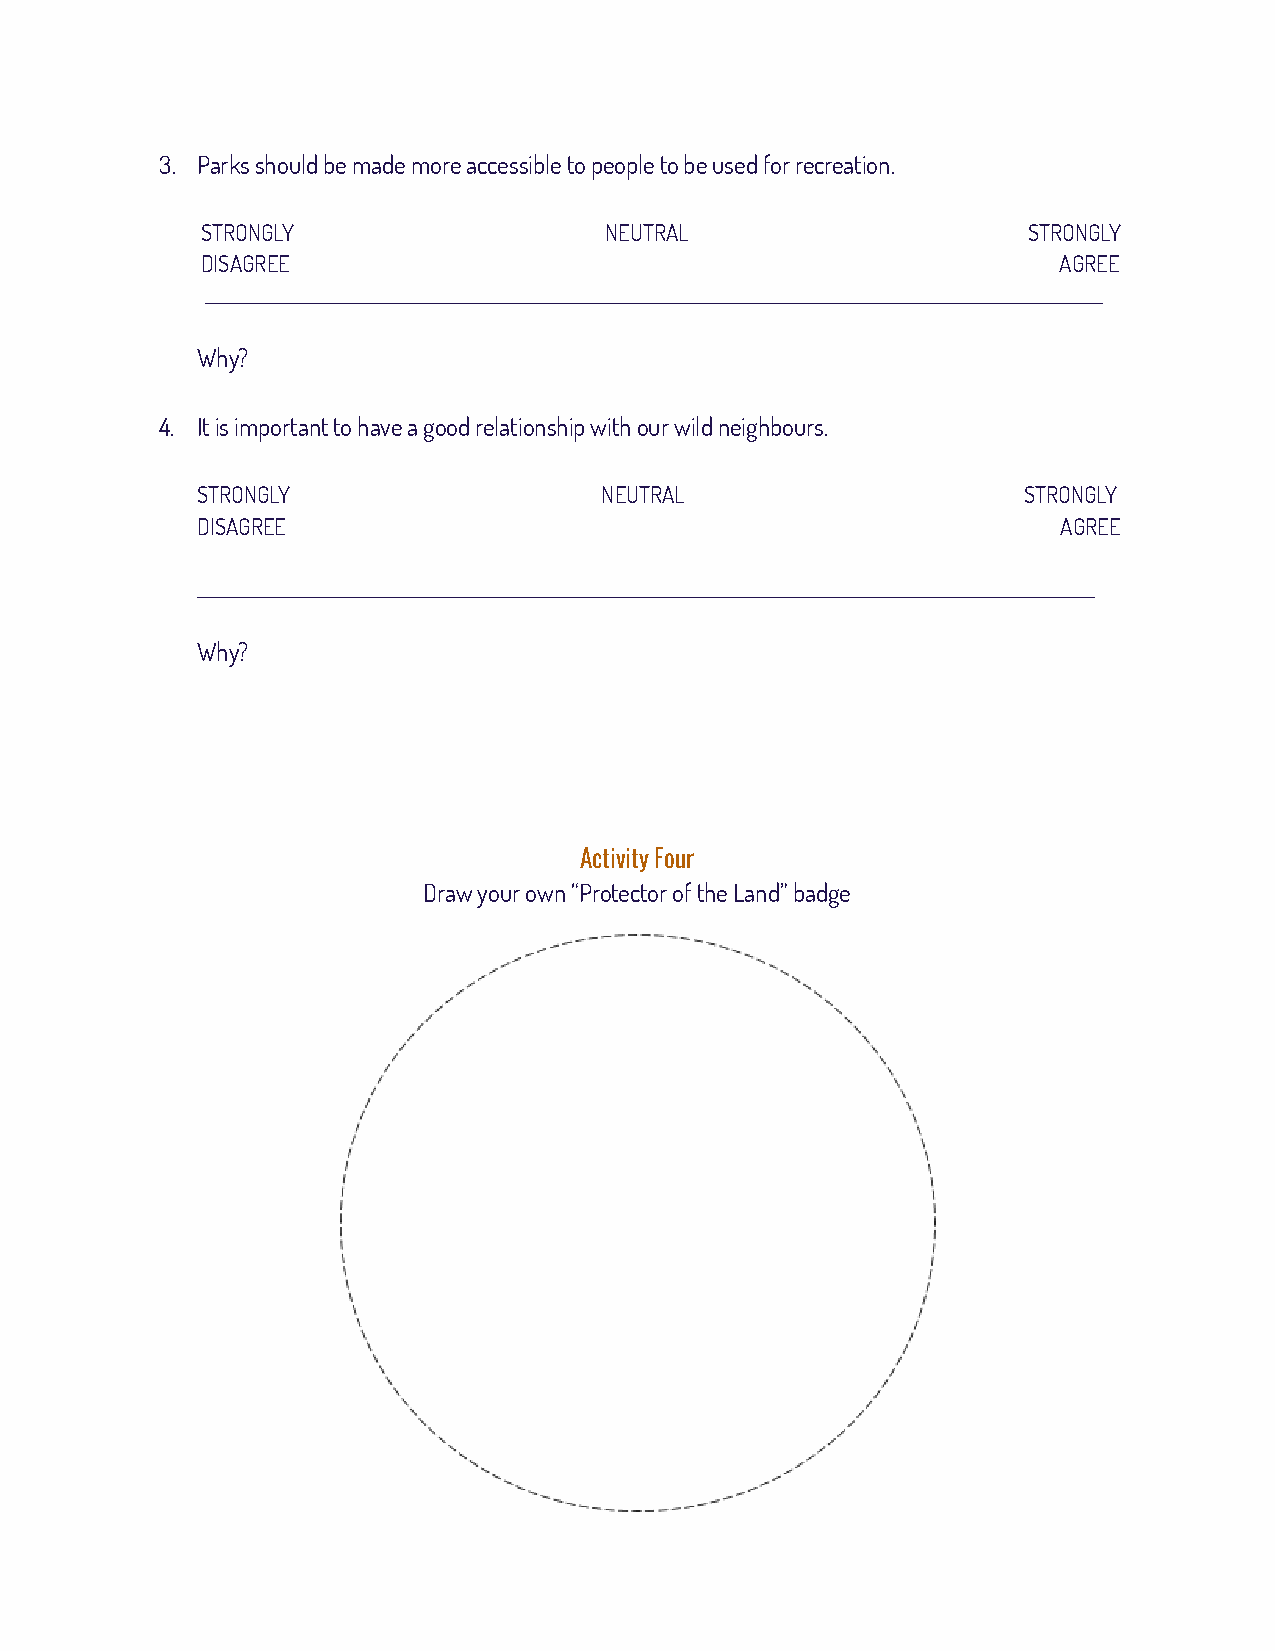
3. Parks should be made more accessible to people to be used for recreation.
 STRONGLY                   NEUTRAL                     STRONGLY
 DISAGREE                                                 AGREE
 _____________________________________________________________________________________________________________________
 Why?
 4. It is important to have a good relationship with our wild neighbours.
 STRONGLY                   NEUTRAL                     STRONGLY
 DISAGREE                                                 AGREE
 _____________________________________________________________________________________________________________________
 Why?
 Activity Four
 Draw your own “Protector of the Land” badge